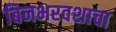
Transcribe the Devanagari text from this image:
बिनभरवशाचा